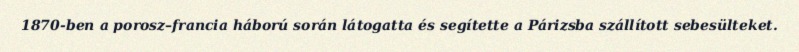
1870-ben a porosz–francia háború során látogatta és segítette a Párizsba szállított sebesülteket.